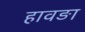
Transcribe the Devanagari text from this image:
हावङा